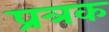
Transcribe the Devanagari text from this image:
प्रत्रक